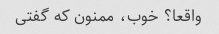
واقعا؟ خوب، ممنون که گفتی